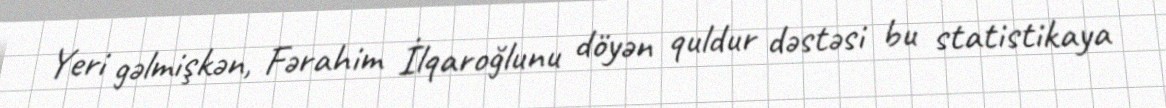
Yeri gəlmişkən, Fərahim İlqaroğlunu döyən quldur dəstəsi bu statistikaya